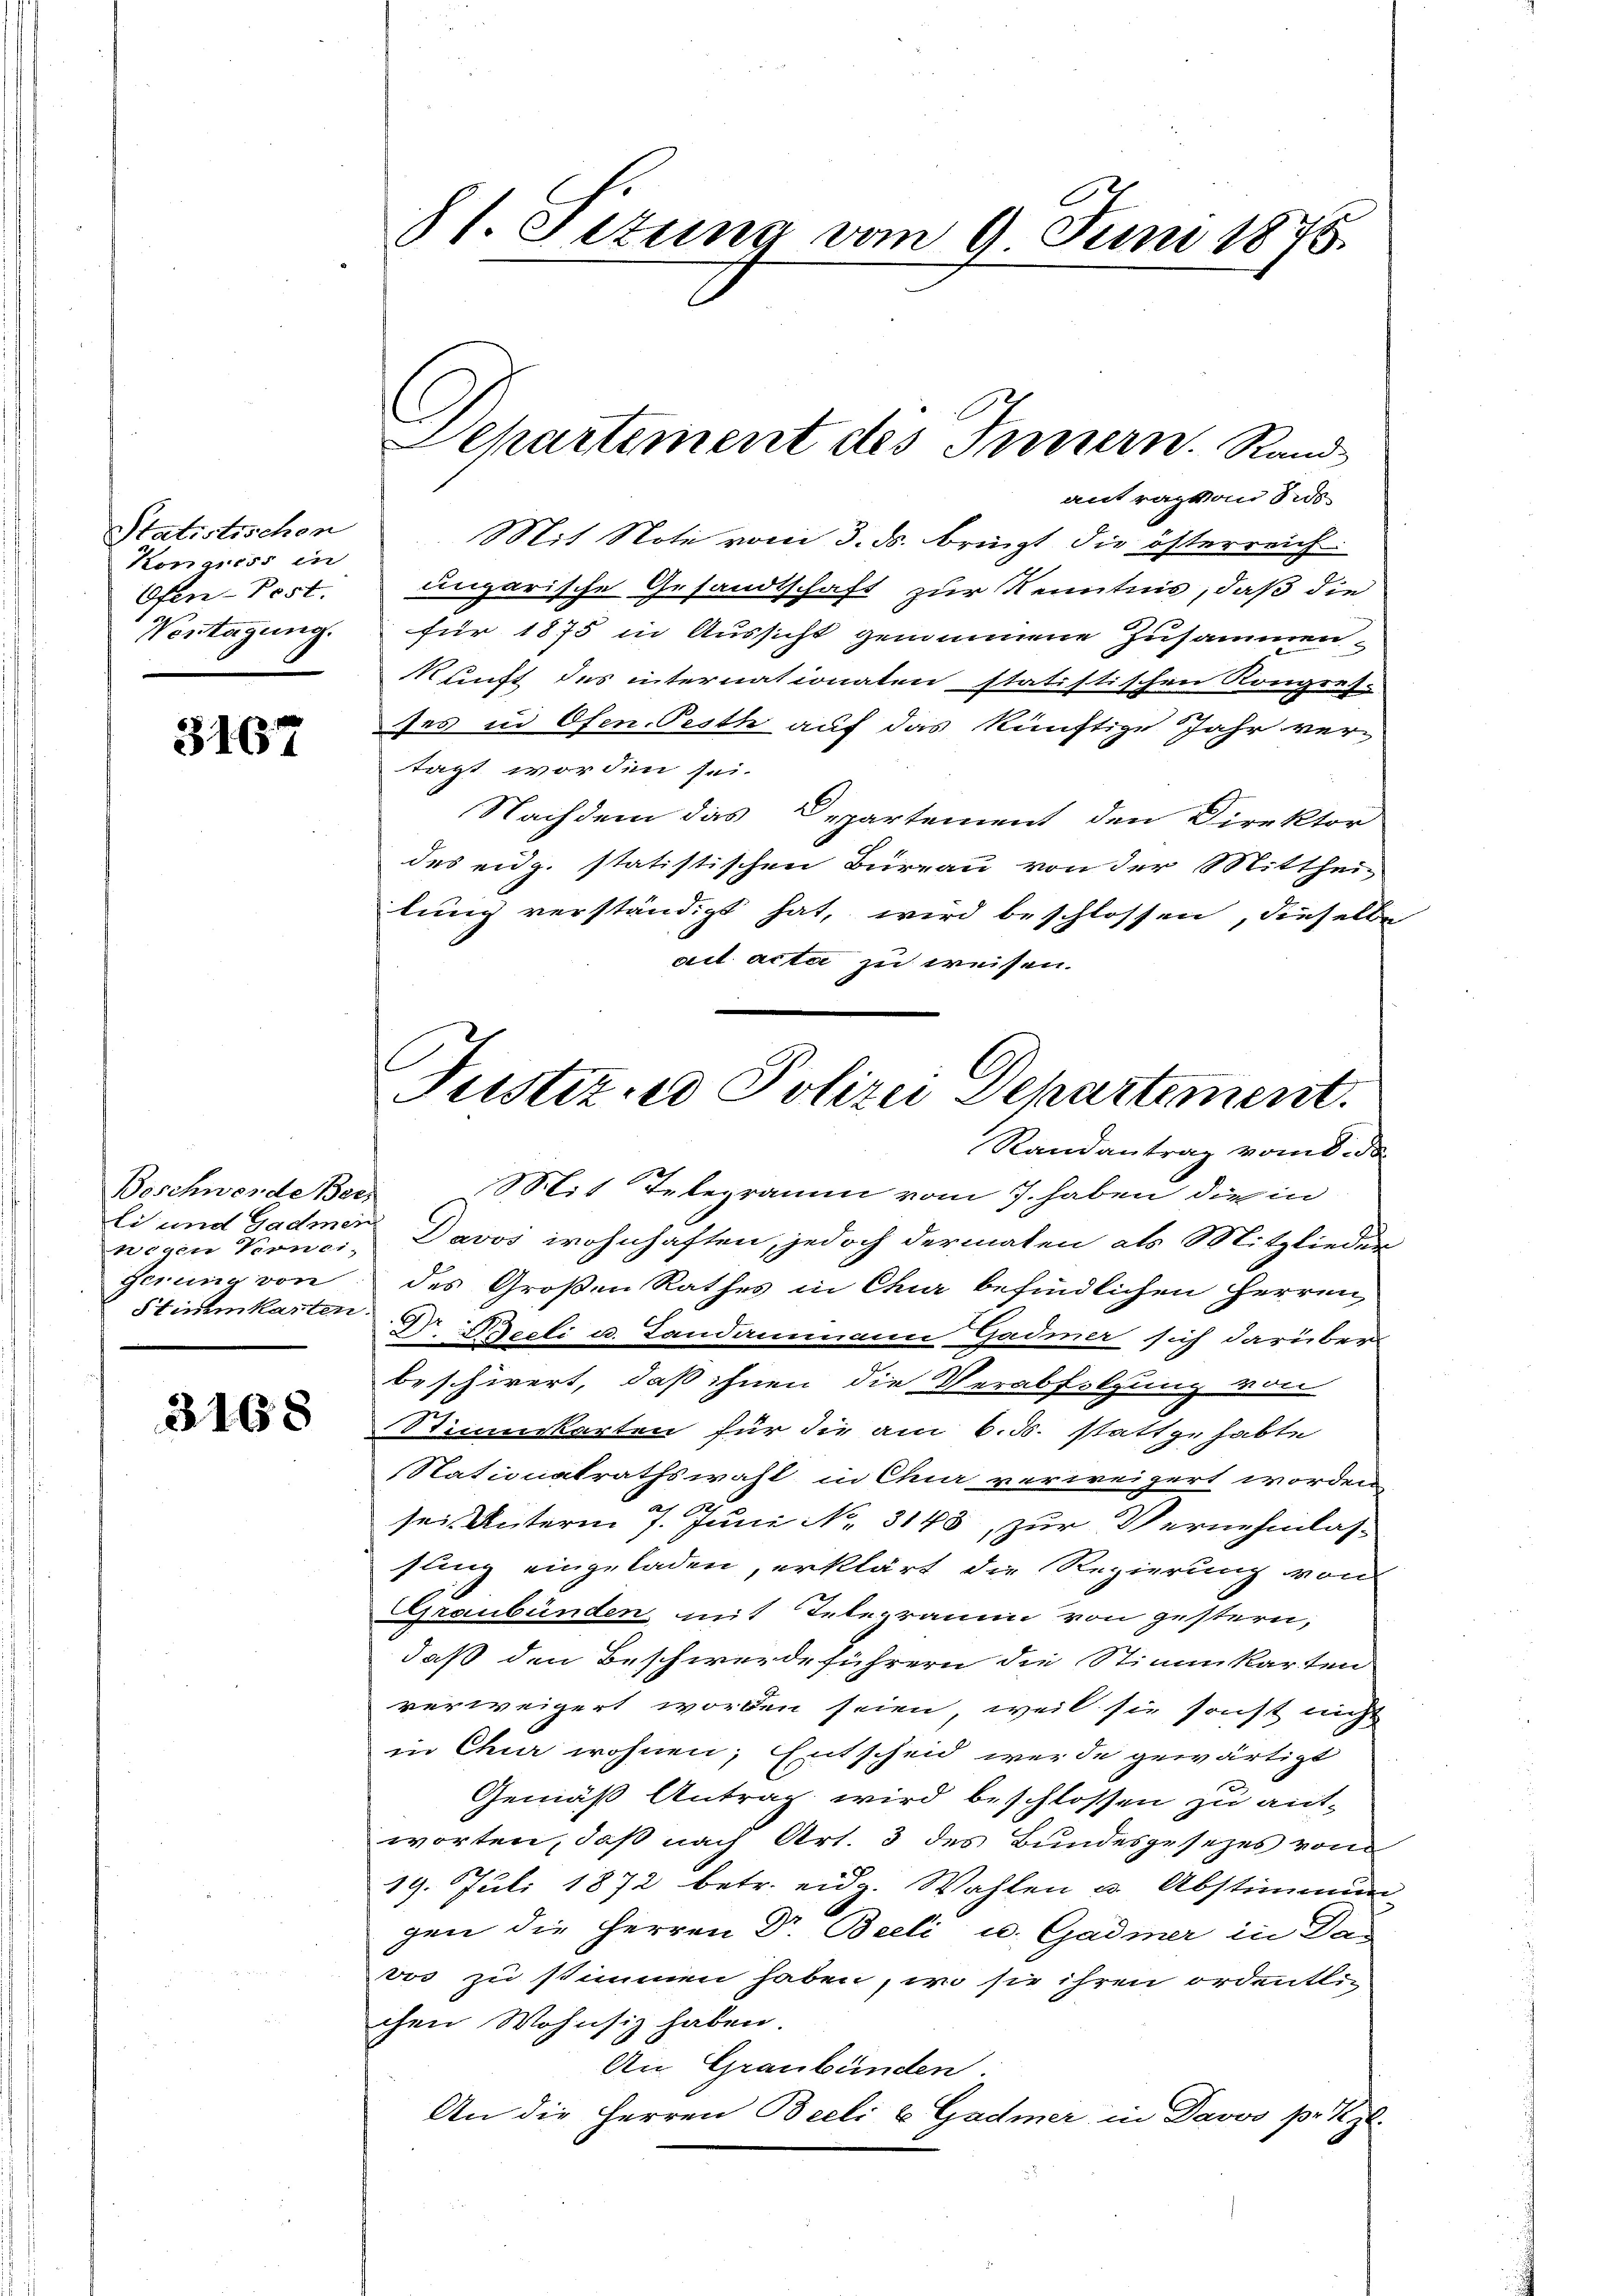
Statistischen
Kongiess in
Ofen Post.
Vortagung.

3167

Beschwerde Ber
wegen Konci
gerung von
Stimmkarten.

3168

8t. Situng vom 9. Juni 1875.

Departement des Innern. Rand

Justizsed Polizei Departement.

antragten Sids
Mit Note vom 3. ds. bringt die österreich
ungarische Gesandtschaft zur Kenntnis, daß die
für 1875 in Aussicht genommene Zusammen-
kunft des internationaten statistischen Kongress
ses in Ofen. Pesth auf das künftige Jahr vertagt worden sei.
Nachdem das Departement den Direktor
des eidg. statistischen Bureau von der Mittheilung verständigt hat, wird beschlossen, dieselbe
ail acta zu weisen.
Randantrag von de
Mit Telegramm vom 7. haben die in
li und Gadmer Davos wohnhaften, jedoch dermalen als Mitglieden
des Großen Rathes in Chur befindlichen Herren,
Dr. Beeli u. Landammann Gadmer sich darüber
beschirert, daß ihnen die Verabfolgung von
Simnskarten für die am 6. ds. stattgehabte
Nationalrathswahl in Chur verweigert worden
sei. Unterm 7. Juni No. 3143, zur Vernehmlas-
fling eingeladen, erklärt die Regierung von
Graubünden, mit Telegramm von gestern,
daß den Beschwerdeführern die Stimmkarten
verweigert worden seien, weil sie sonst nicht
in Chur wohnen, Entscheid werde gewärtigt
Gemäß Antrag wird beschlossen zu antworten, daß nach Art. 3 des Bundesgesezes von
19. Juli 1872 betr. eidg. Wahlen u. Abstimmung
gen die Herren Dr. Belli u. Gadmer in Da-
vos zu stimmen haben, wo sie ihren ordentlich
chen Wohnsiz haben.
An Graubünden.
An die Herren Beeli u. Gadmer in Davos pr. Kgl.